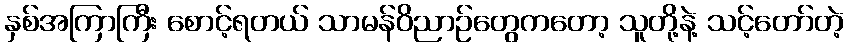
နှစ်အကြာကြီး စောင့်ရတယ် သာမန်ဝိညာဉ်တွေကတော့ သူတို့နဲ့ သင့်တော်တဲ့